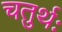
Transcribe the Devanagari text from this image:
चतुर्थः